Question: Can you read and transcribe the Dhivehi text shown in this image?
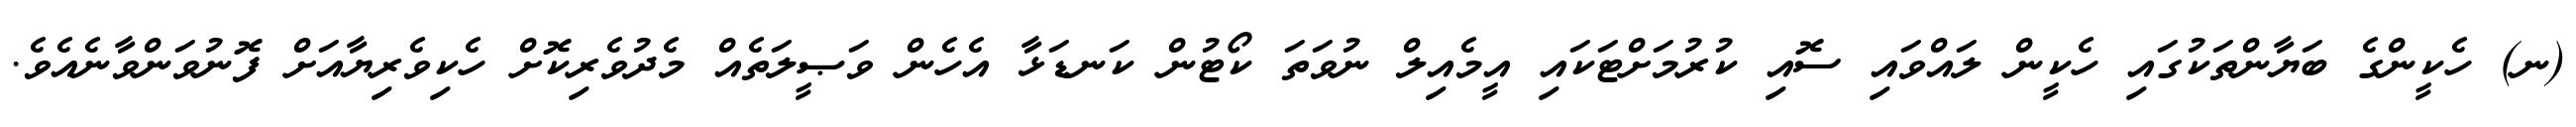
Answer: (ނ) ހެކީންގެ ބަޔާންތަކުގައި ހެކީން ލައްވައި ސޮއި ކުރުމަށްޓަކައި އީމެއިލް ނުވަތަ ކޯޓުން ކަނޑަޅާ އެހެން ވަޞީލަތެއް މެދުވެރިކޮށް ހެކިވެރިޔާއަށް ފޮނުވަންވާނެއެވެ.